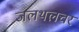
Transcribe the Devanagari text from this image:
जलथलचर